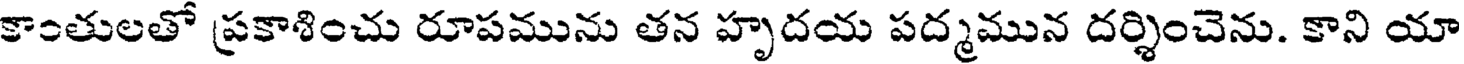
కాంతులతో ప్రకాశించు రూపమును తన హృదయ పద్మమున దర్శించెను. కాని యా